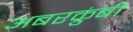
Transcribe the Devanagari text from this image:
अबरक्रुंबी